Civil Veterinary Department ledger series I-VI
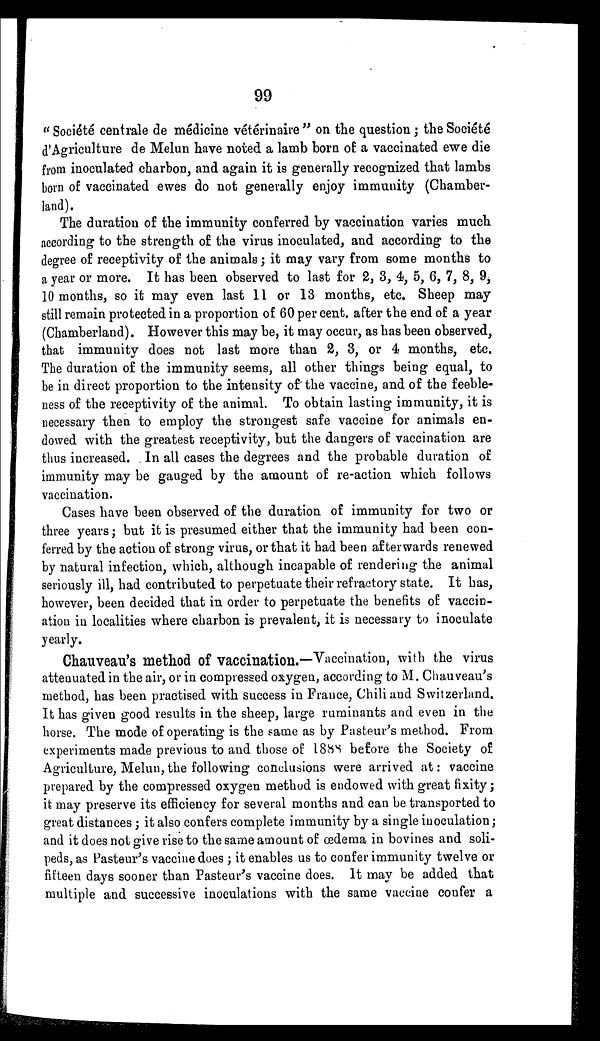
99
"Société centrale de medicine vétérinaire" on the question; the Société
d'Agriculture de Melun have noted a lamb born of a vaccinated ewe die
from inoculated charbon, and again it is generally recognized that lambs
born of vaccinated ewes do not generally enjoy immunity (Chamber-
land).
The duration of the immunity conferred by vaccination varies much
according to the strength of the virus inoculated, and according to the
degree of receptivity of the animals; it may vary from some months to
a year or more. It has been observed to last for 2, 3, 4, 5, 6, 7, 8, 9,
10 months, so it may even last 11 or 13 months, etc. Sheep may
still remain protected in a proportion of 60 per cent. after the end of a year
(Chamberland). However this may be, it may occur, as has been observed,
that immunity does not last more than 2, 3, or 4 months, etc.
The duration of the immunity seems, all other things being equal, to
be in direct proportion to the intensity of the vaccine, and of the feeble-
ness of the receptivity of the animal. To obtain lasting immunity, it is
necessary then to employ the strongest safe vaccine for animals en-
dowed with the greatest receptivity, but the dangers of vaccination are
thus increased. In all cases the degrees and the probable duration of
immunity may be gauged by the amount of re-action which follows
vaccination.
Cases have been observed of the duration of immunity for two or
three years; but it is presumed either that the immunity had been con-
ferred by the action of strong virus, or that it had been afterwards renewed
by natural infection, which, although incapable of rendering the animal
seriously ill, had contributed to perpetuate their refractory state. It has,
however, been decided that in order to perpetuate the benefits of vaccin-
ation in localities where charbon is prevalent, it is necessary to inoculate
yearly.
Chauveau's method of Vaccination.—Vaccination, with the virus
attenuated in the air, or in compressed oxygen, according to M. Chauveau's
method, has been practised with success in France, Chili and Switzerland.
It has given good results in the sheep, large ruminants and even in the
horse. The mode of operating is the same as by Pasteur's method. From
experiments made previous to and those of 1888 before the Society of
Agriculture, Melun, the following conclusions were arrived at: vaccine
prepared by the compressed oxygen method is endowed with great fixity;
it may preserve its efficiency for several months and can be transported to
great distances; it also confers complete immunity by a single inoculation;
and it does not give rise to the same amount of œdema in bovines and soli-
peds, as Pasteur's vaccine does; it enables us to confer immunity twelve or
fifteen days sooner than Pasteur's vaccine does. It may be added that
multiple and successive inoculations with the same vaccine confer a